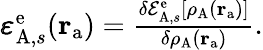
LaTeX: \begin{array}{r}{\pmb{\varepsilon}_{\mathrm{A},s}^{\mathrm{e}}(\mathbf{r}_{\mathrm{a}})=\frac{\delta\mathcal{E}_{\mathrm{A},s}^{\mathrm{e}}[\rho_{\mathrm{A}}(\mathbf{r}_{\mathrm{a}})]}{\delta\rho_{\mathrm{A}}(\mathbf{r}_{\mathrm{a}})}.}\end{array}